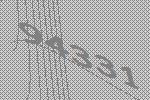
94331